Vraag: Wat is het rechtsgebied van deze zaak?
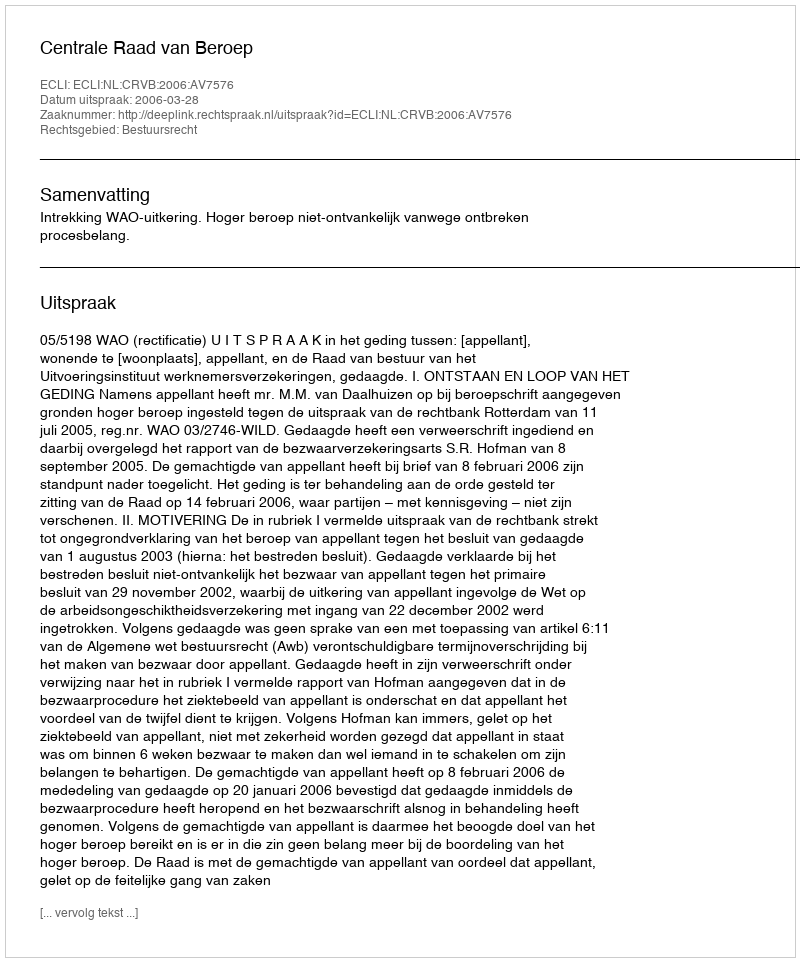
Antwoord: Bestuursrecht